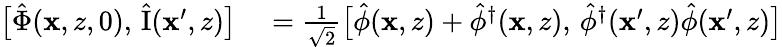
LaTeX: \begin{array}{rl}{\bigl[\hat{\Phi}(\mathbf{x},z,0),\, \hat{\mathrm{I}}(\mathbf{x}^{\prime},z)\bigr]}&{{}=\frac{1}{\sqrt{2}}\bigl[\hat{\phi}(\mathbf{x},z)+\hat{\phi}^{\dagger}(\mathbf{x},z),\, \hat{\phi}^{\dagger}(\mathbf{x}^{\prime},z)\hat{\phi}(\mathbf{x}^{\prime},z)\bigr]}\end{array}